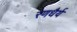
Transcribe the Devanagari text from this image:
रणधैर्य